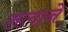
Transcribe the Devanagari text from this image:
ललाने